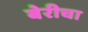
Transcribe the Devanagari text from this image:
बेरीचा